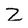
Character: Z